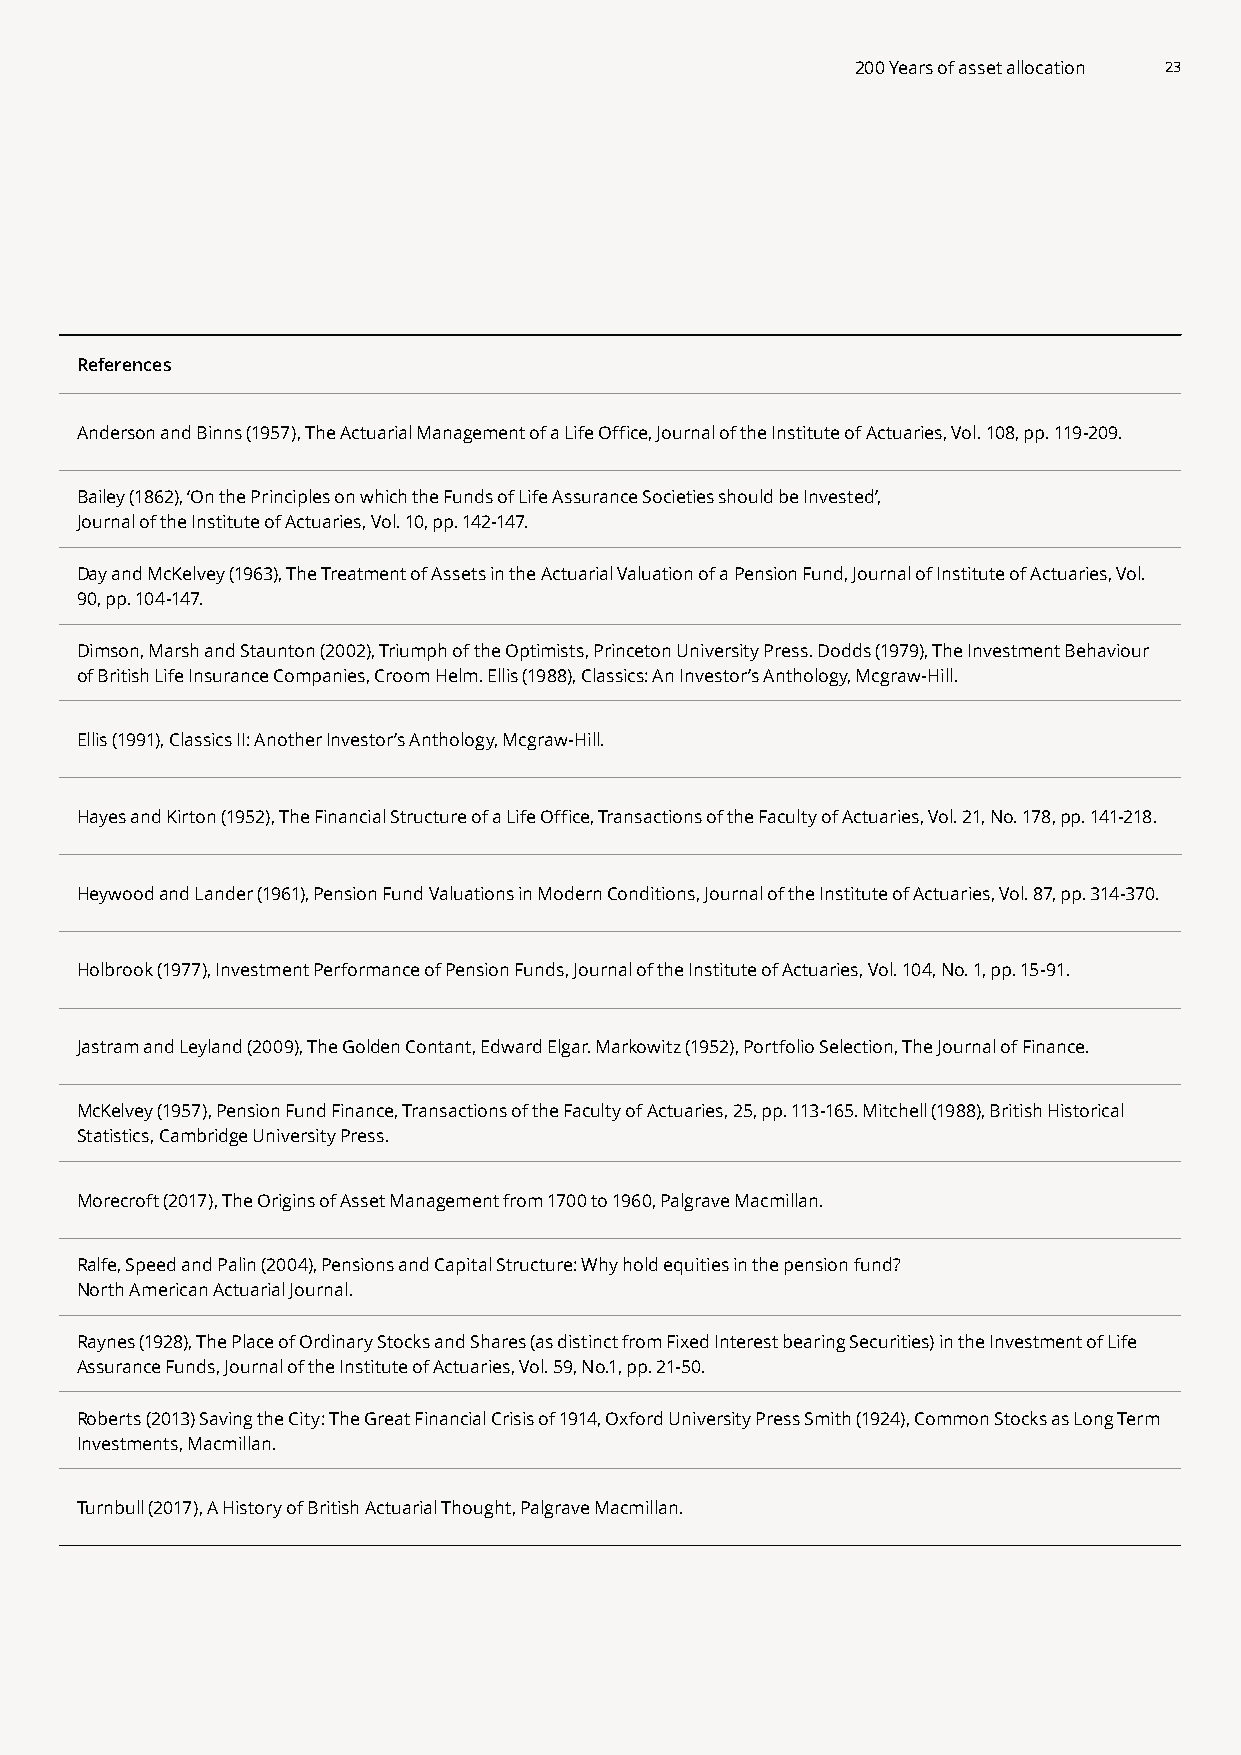
200 Years of asset allocation 23
 References
 Anderson and Binns (1957), The Actuarial Management of a Life Office, Journal of the Institute of Actuaries, Vol. 108, pp. 119-209.
 Bailey (1862), ‘On the Principles on which the Funds of Life Assurance Societies should be Invested’,
 Journal of the Institute of Actuaries, Vol. 10, pp. 142-147.
 Day and McKelvey (1963), The Treatment of Assets in the Actuarial Valuation of a Pension Fund, Journal of Institute of Actuaries, Vol.
 90, pp. 104-147.
 Dimson, Marsh and Staunton (2002), Triumph of the Optimists, Princeton University Press. Dodds (1979), The Investment Behaviour
 of British Life Insurance Companies, Croom Helm. Ellis (1988), Classics: An Investor’s Anthology, Mcgraw-Hill.
 Ellis (1991), Classics II: Another Investor’s Anthology, Mcgraw-Hill.
 Hayes and Kirton (1952), The Financial Structure of a Life Office, Transactions of the Faculty of Actuaries, Vol. 21, No. 178, pp. 141-218.
 Heywood and Lander (1961), Pension Fund Valuations in Modern Conditions, Journal of the Institute of Actuaries, Vol. 87, pp. 314-370.
 Holbrook (1977), Investment Performance of Pension Funds, Journal of the Institute of Actuaries, Vol. 104, No. 1, pp. 15-91.
 Jastram and Leyland (2009), The Golden Contant, Edward Elgar. Markowitz (1952), Portfolio Selection, The Journal of Finance.
 McKelvey (1957), Pension Fund Finance, Transactions of the Faculty of Actuaries, 25, pp. 113-165. Mitchell (1988), British Historical
 Statistics, Cambridge University Press.
 Morecroft (2017), The Origins of Asset Management from 1700 to 1960, Palgrave Macmillan.
 Ralfe, Speed and Palin (2004), Pensions and Capital Structure: Why hold equities in the pension fund?
 North American Actuarial Journal.
 Raynes (1928), The Place of Ordinary Stocks and Shares (as distinct from Fixed Interest bearing Securities) in the Investment of Life
 Assurance Funds, Journal of the Institute of Actuaries, Vol. 59, No.1, pp. 21-50.
 Roberts (2013) Saving the City: The Great Financial Crisis of 1914, Oxford University Press Smith (1924), Common Stocks as Long Term
 Investments, Macmillan.
 Turnbull (2017), A History of British Actuarial Thought, Palgrave Macmillan.